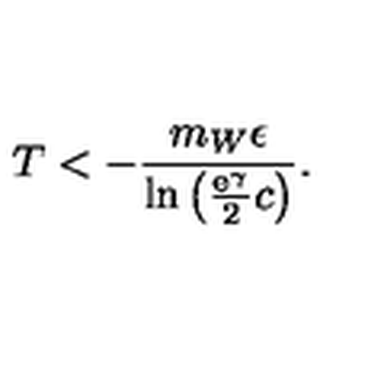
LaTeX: T < - \frac { m _ { W } \epsilon } { \ln \left( \frac { \mathrm { e } ^ { \gamma } } { 2 } c \right) } .